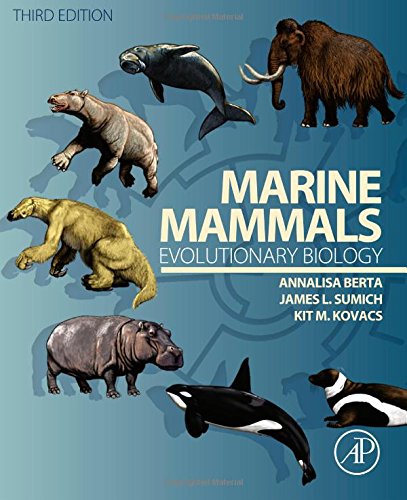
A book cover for Marine Mammals, Third Edition: Evolutionary Biology; Annalisa Berta; Science & Math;